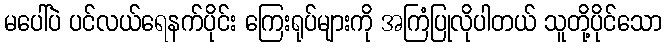
မပေါ်ပဲ ပင်လယ်ရေနက်ပိုင်း ကြေးရုပ်များကို အကြံပြုလိုပါတယ် သူတို့ပိုင်သော